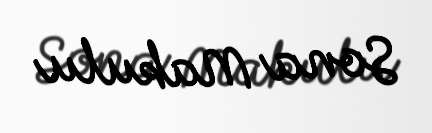
Sona Makulu